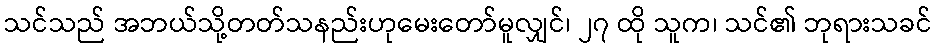
သင်သည် အဘယ်သို့တတ်သနည်းဟုမေးတော်မူလျှင်၊ ၂၇ ထို သူက၊ သင်၏ ဘုရားသခင်